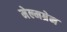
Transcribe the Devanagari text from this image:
मेल्मग्रेन